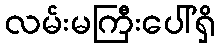
လမ်းမကြီးပေါ်ရှိ